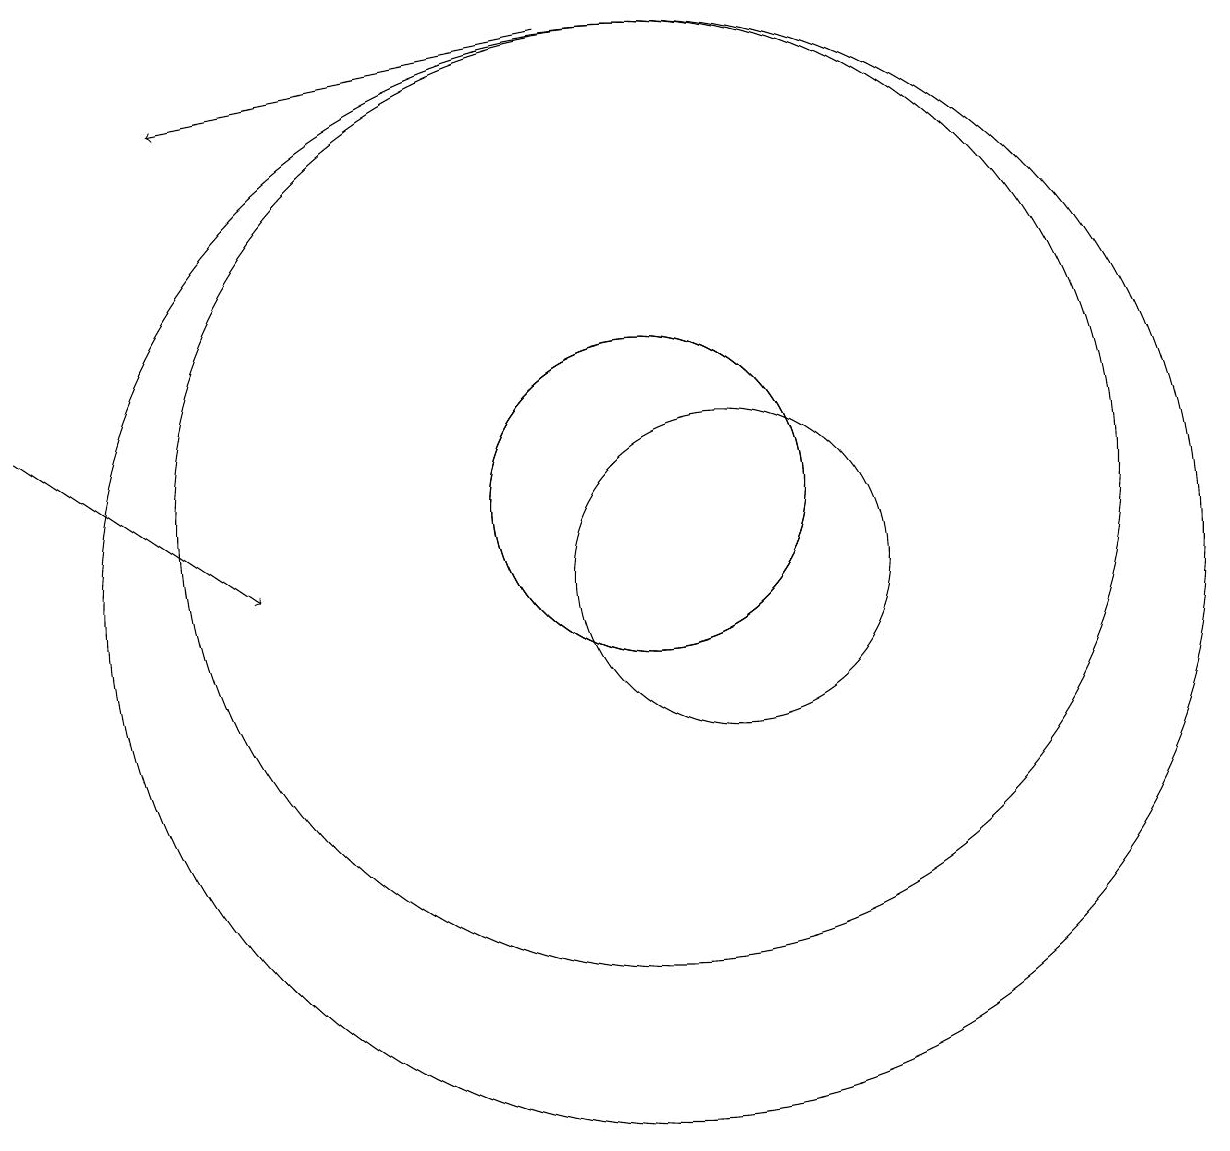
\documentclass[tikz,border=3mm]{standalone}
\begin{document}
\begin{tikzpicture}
\draw (10,11) circle (2);
\draw (10,10) circle (7);
\draw (10,11) circle (6);
\draw[->] (2,12) -- (5,10);
\draw (10,11) circle (2);
\draw[->] (9,17) -- (4,16);
\draw (11,10) circle (2);
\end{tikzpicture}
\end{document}